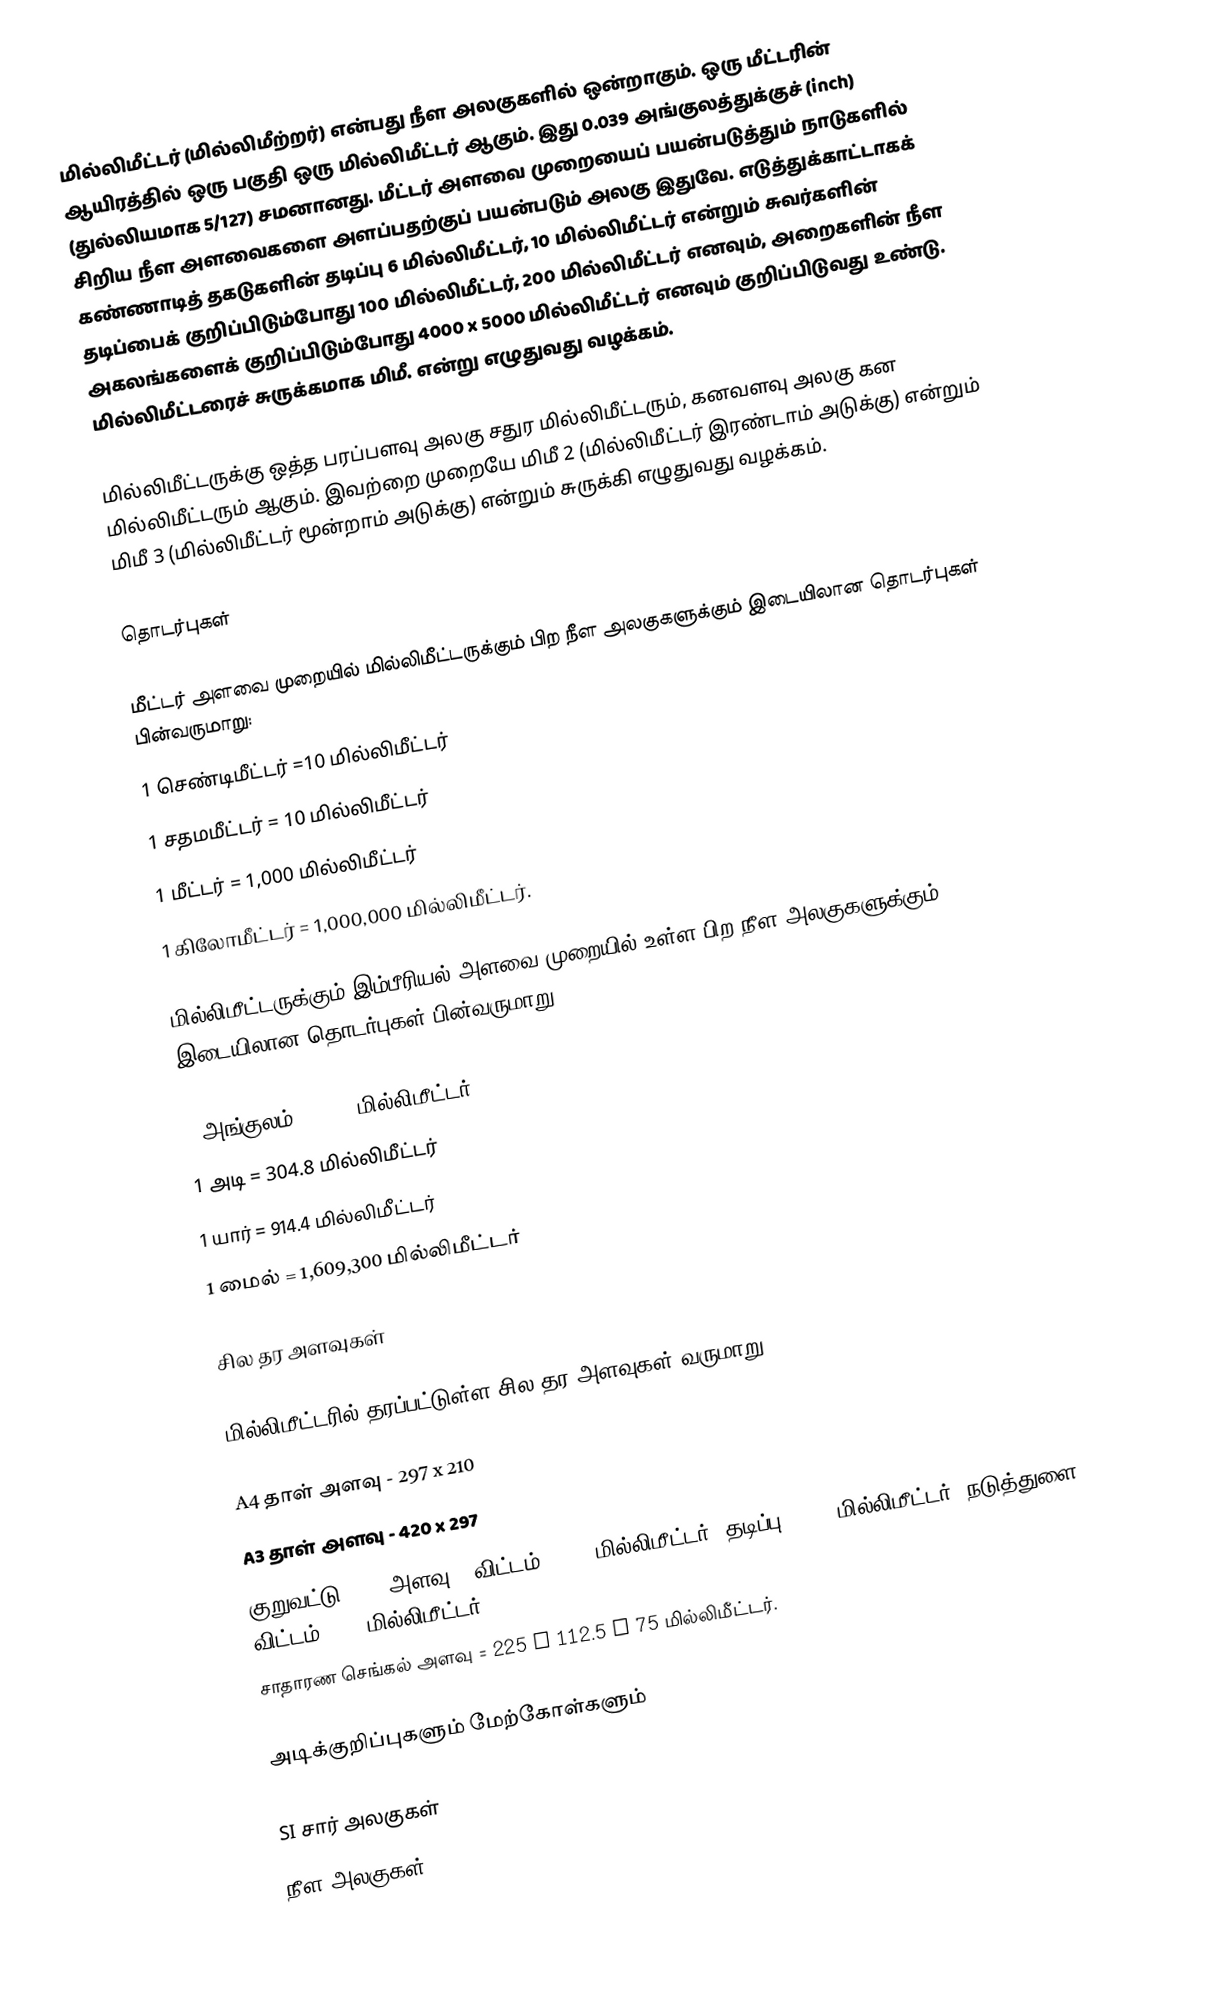
மில்லிமீட்டர் (மில்லிமீற்றர்) என்பது நீள அலகுகளில் ஒன்றாகும். ஒரு மீட்டரின் ஆயிரத்தில் ஒரு பகுதி ஒரு மில்லிமீட்டர் ஆகும். இது 0.039 அங்குலத்துக்குச் (inch) (துல்லியமாக 5/127) சமனானது. மீட்டர் அளவை முறையைப் பயன்படுத்தும் நாடுகளில் சிறிய நீள அளவைகளை அளப்பதற்குப் பயன்படும் அலகு இதுவே. எடுத்துக்காட்டாகக் கண்ணாடித் தகடுகளின் தடிப்பு 6 மில்லிமீட்டர், 10 மில்லிமீட்டர் என்றும் சுவர்களின் தடிப்பைக் குறிப்பிடும்போது 100 மில்லிமீட்டர், 200 மில்லிமீட்டர் எனவும், அறைகளின் நீள அகலங்களைக் குறிப்பிடும்போது 4000 x 5000 மில்லிமீட்டர் எனவும் குறிப்பிடுவது உண்டு. மில்லிமீட்டரைச் சுருக்கமாக மிமீ. என்று எழுதுவது வழக்கம்.

மில்லிமீட்டருக்கு ஒத்த பரப்பளவு அலகு சதுர மில்லிமீட்டரும், கனவளவு அலகு கன மில்லிமீட்டரும் ஆகும். இவற்றை முறையே மிமீ 2 (மில்லிமீட்டர் இரண்டாம் அடுக்கு) என்றும் மிமீ 3 (மில்லிமீட்டர் மூன்றாம் அடுக்கு) என்றும் சுருக்கி எழுதுவது வழக்கம்.

தொடர்புகள்

மீட்டர் அளவை முறையில் மில்லிமீட்டருக்கும் பிற நீள அலகுகளுக்கும் இடையிலான தொடர்புகள் பின்வருமாறு:
1 செண்டிமீட்டர் =10 மில்லிமீட்டர்
 1 சதமமீட்டர் = 10 மில்லிமீட்டர்
 1 மீட்டர் = 1,000 மில்லிமீட்டர்
 1 கிலோமீட்டர் = 1,000,000 மில்லிமீட்டர்.

மில்லிமீட்டருக்கும் இம்பீரியல் அளவை முறையில் உள்ள பிற நீள அலகுகளுக்கும் இடையிலான தொடர்புகள் பின்வருமாறு:

 1 அங்குலம் = 25.4 மில்லிமீட்டர்
 1 அடி = 304.8 மில்லிமீட்டர்
 1 யார் = 914.4 மில்லிமீட்டர்
 1 மைல் = 1,609,300 மில்லிமீட்டர்

சில தர அளவுகள்

மில்லிமீட்டரில் தரப்பட்டுள்ள சில தர அளவுகள் வருமாறு:

 A4 தாள் அளவு - 297 x 210
 A3 தாள் அளவு - 420 x 297
 குறுவட்டு (CD) அளவு - விட்டம் = 120 மில்லிமீட்டர், தடிப்பு = 1.2 மில்லிமீட்டர், நடுத்துளை விட்டம் = 15 மில்லிமீட்டர்.
 சாதாரண செங்கல் அளவு = 225 x 112.5 x 75 மில்லிமீட்டர்.

அடிக்குறிப்புகளும் மேற்கோள்களும்

SI சார் அலகுகள்
நீள அலகுகள்